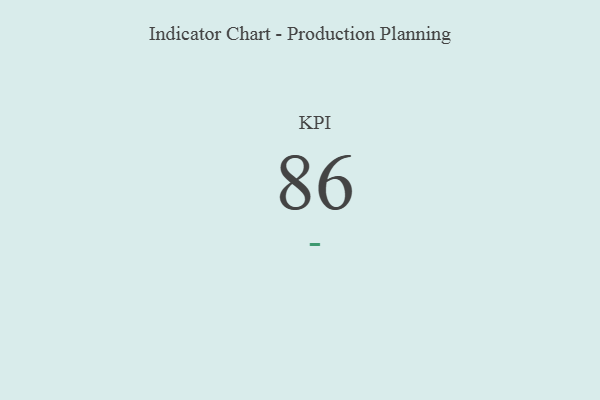
{"axis": {"x": "KPI", "y": "Value"}, "legend": [""], "data": [{"x": "KPI", "y": 86, "type": ""}]}